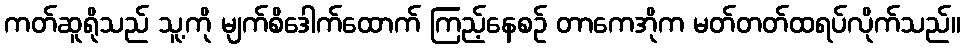
ကတ်ဆူရိုသည် သူ့ကို မျက်စိဒေါက်ထောက် ကြည့်နေစဉ် တာကေအိုက မတ်တတ်ထရပ်လိုက်သည်။